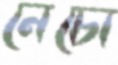
নেচো